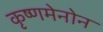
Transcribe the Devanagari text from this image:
कृष्णमेनोन